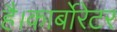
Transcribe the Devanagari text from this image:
है।कार्बोरेटर